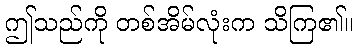
ဤသည်ကို တစ်အိမ်လုံးက သိကြ၏။